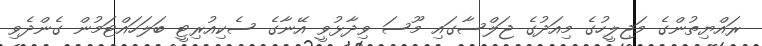
ރައްޔިތުންގެ މަޖިލީހުގެ މިއަދުގެ ޖަލްސާގައި މޫސަ ވިދާޅުވީ އޭނާގެ ސެކިއުރިޓީ ބަލަހައްޓަމުން ގެންދެވި